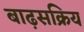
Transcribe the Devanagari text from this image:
बाढ़सक्रिय